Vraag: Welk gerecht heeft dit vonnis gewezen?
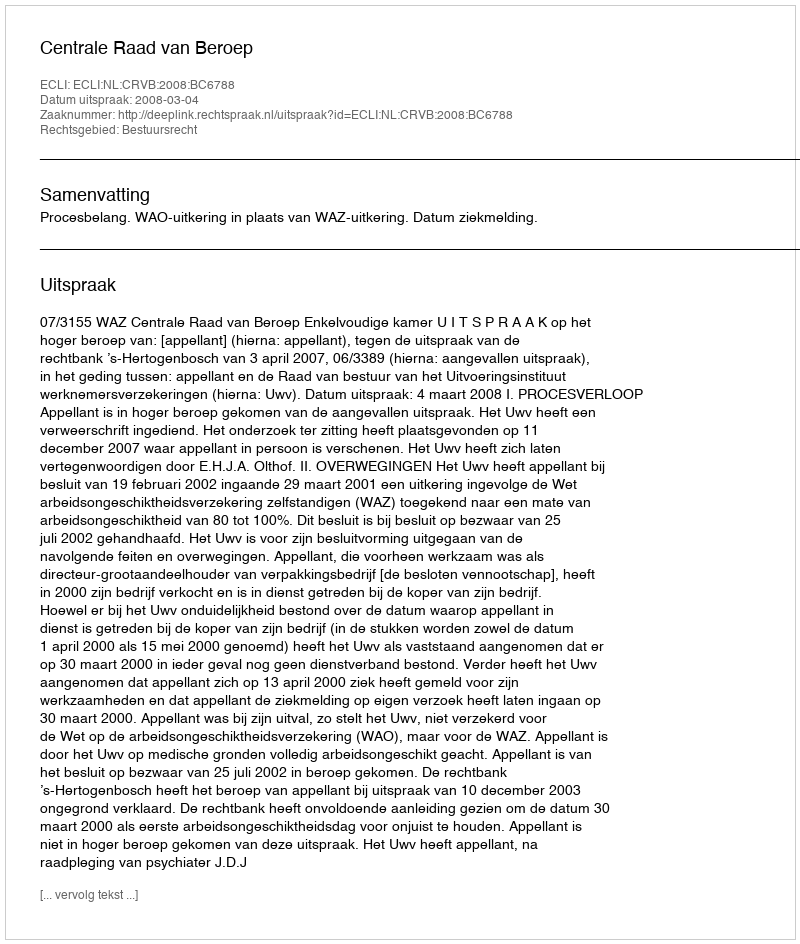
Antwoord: Centrale Raad van Beroep